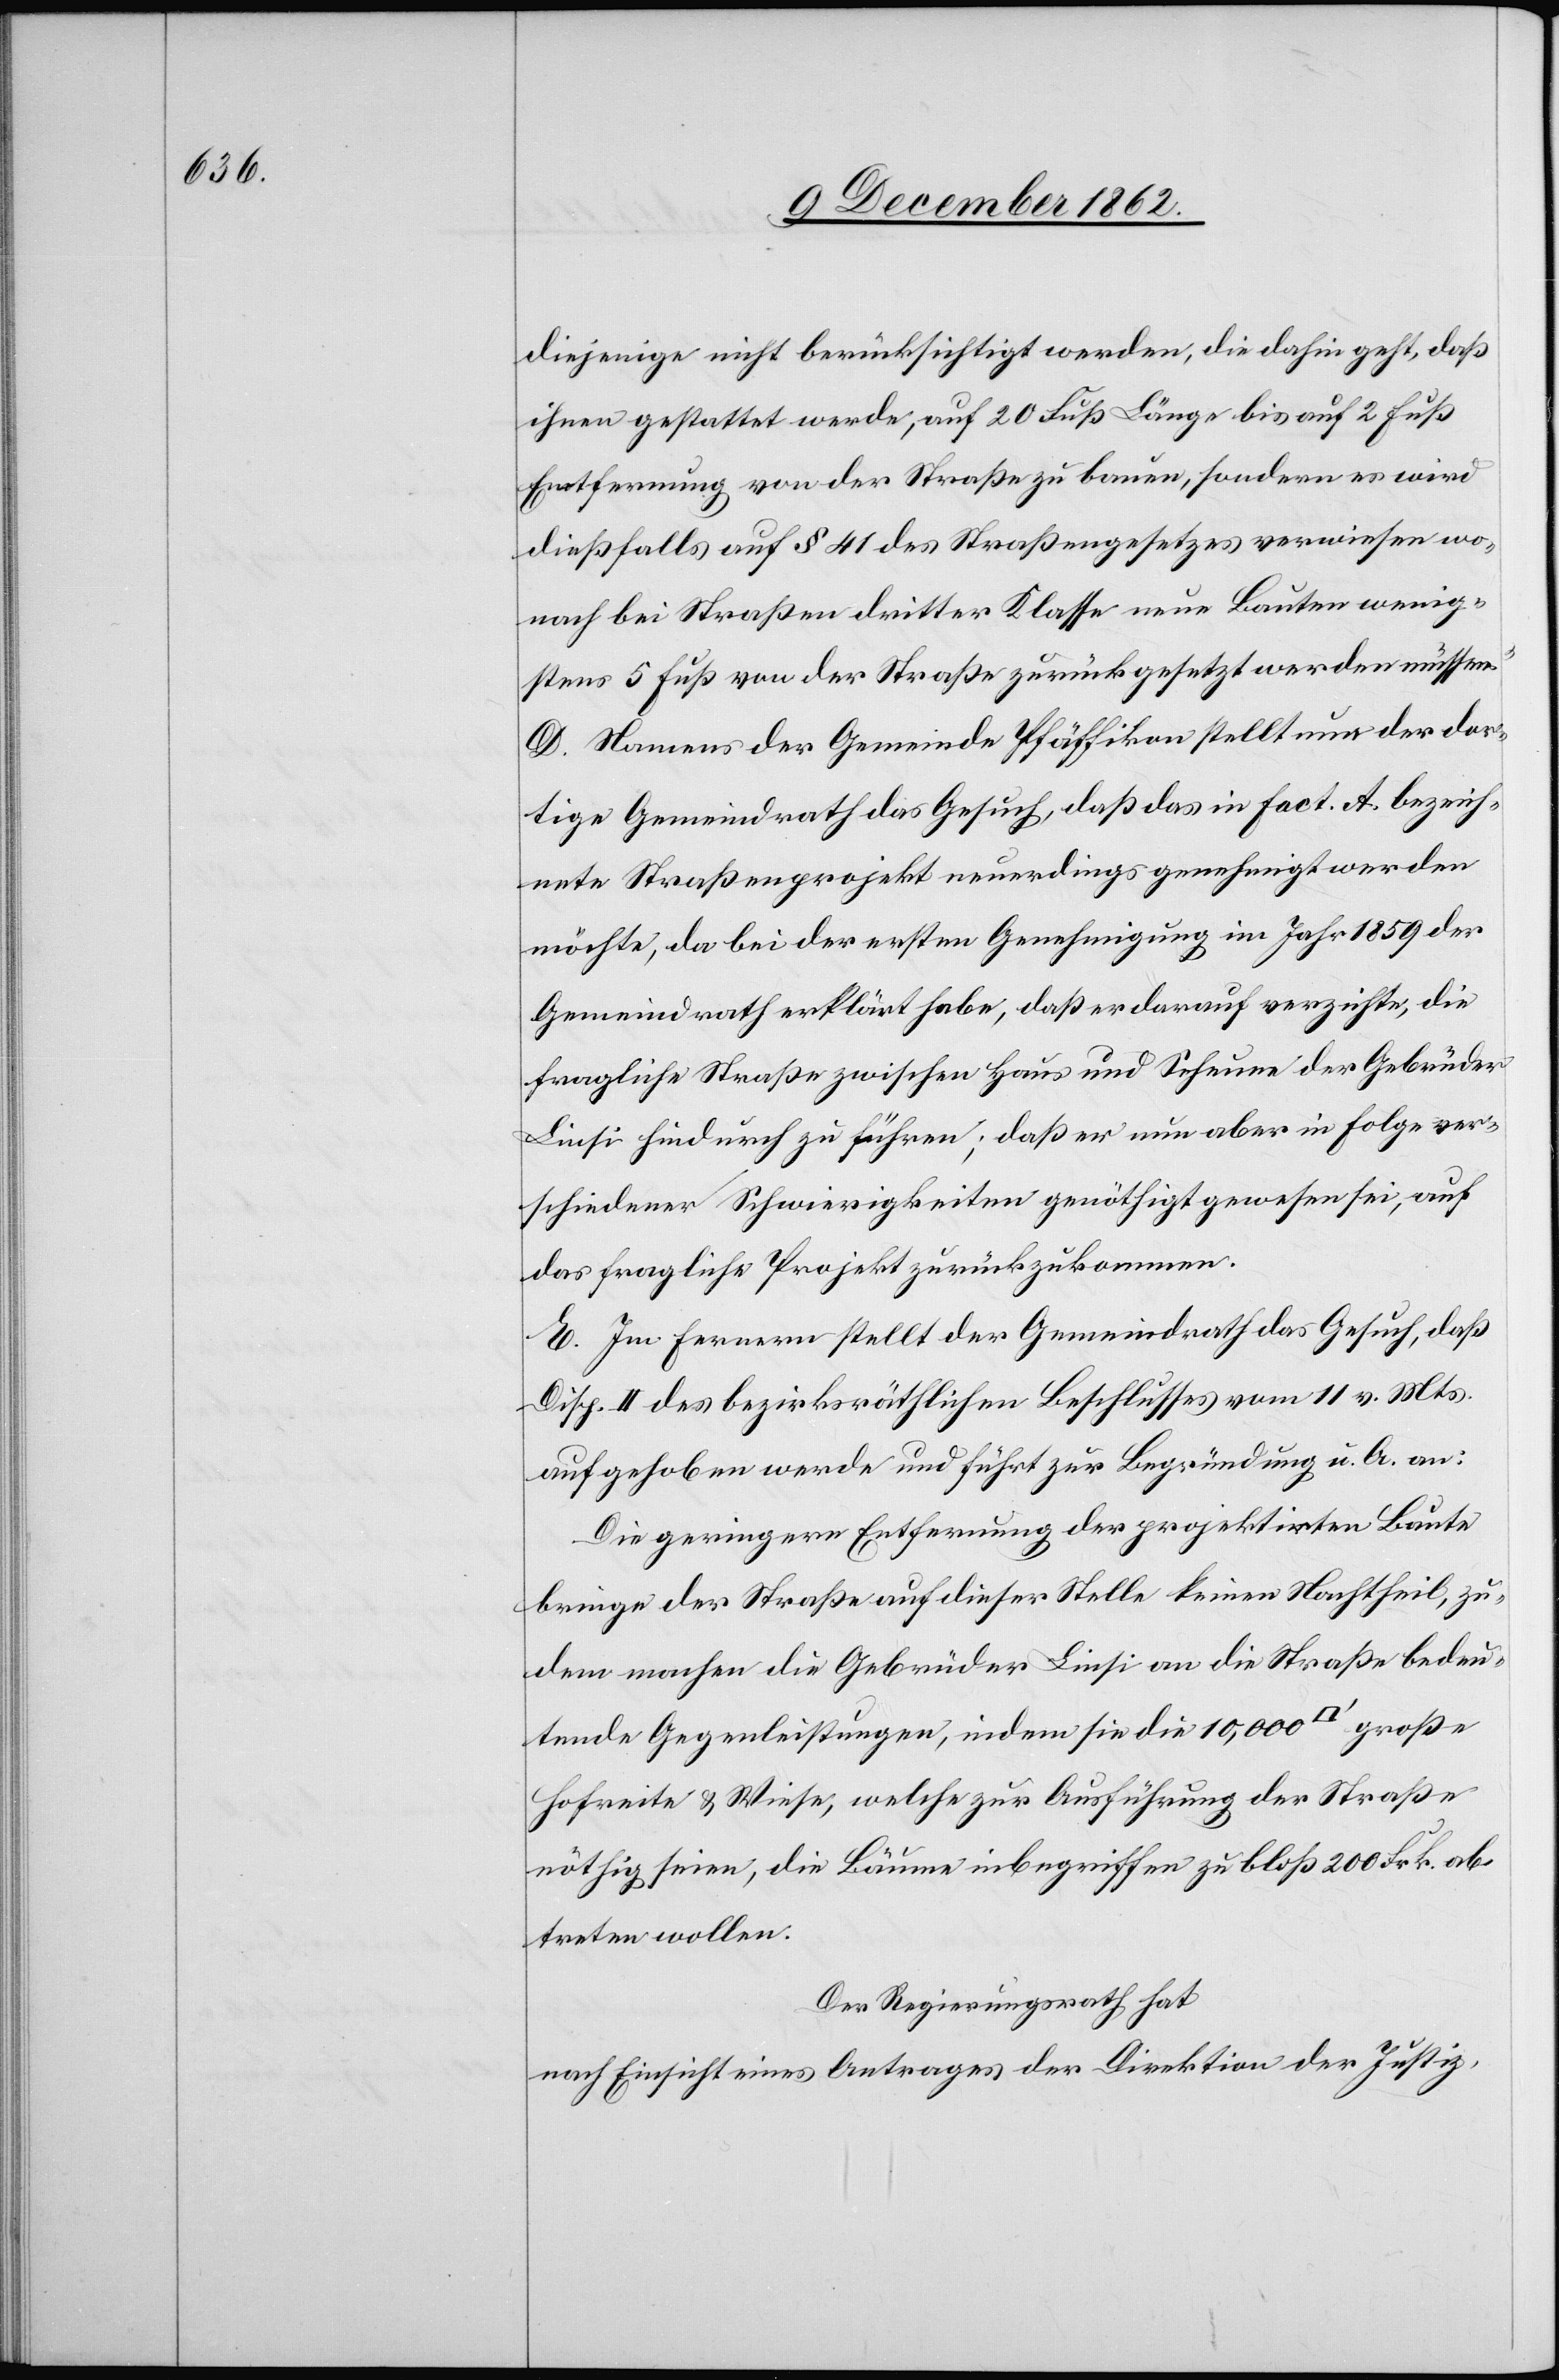
diejenige nicht berücksichtigt werden, die dahin geht, daß
ihnen gestattet werde, auf 20 Fuß Länge bis auf 2 Fuß
Entfernung von der Straße zu bauen, sondern es wird
dießfalls auf § 41 des Straßengesetzes verwiesen wo¬
nach bei Straßen dritter Klase neue Bauten wenig¬
stens 5 Fuß von der Straße zurückgesetzt werden müssen.“
D. Namens der Gemeinde Pfäffikon stellt nun der dor¬
tige Gemeindrath das Gesuch, daß das in Fact. A. bezeich¬
nete Straßenprojekt neuerdings genehmigt werden
möchte, da bei der ersten Genehmigung im Jahr 1859 der
Gemeindrath erklärt habe, daß er darauf verzichte, die
fragliche Straße zwischen Haus und Scheune der Gebrüder
Linsi hindurch zu führen; daß er nun aber in Folge ver¬
schiedener Schwierigkeiten genöthigt gewesen sei, auf
das fragliche Projekt zurückzukommen.
E. Im Fernern stellt der Gemeindrath das Gesuch, daß
Disp. II des bezirksräthlichen Beschlusses vom 11. v. Mts.
aufgehoben werde und führt zur Begründung u. A. an:
Die geringere Entfernung der projektirten Baute
bringe der Straße auf dieser Stelle keinen Nachtheil, zu¬
dem machen die Gebrüder Linsi an die Straße bedeu¬
tende Gegenleistungen, indem sie die 10,000 [Quadratfuß]
Hofreite u. Wiese, welche zur Ausführung der Straße
nöthig seien, die Bäume inbegriffen zu bloß 200 Frk. ab¬
treten wollen.
Der Regierungsrath hat
nach Einsicht eines Antrages der Direktion der Justiz,